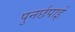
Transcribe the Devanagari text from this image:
पुनर्छपाई